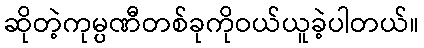
ဆိုတဲ့ကုမ္ပဏီတစ်ခုကိုဝယ်ယူခဲ့ပါတယ်။